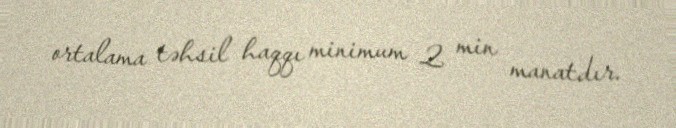
ortalama təhsil haqqı minimum 2 min manatdır.